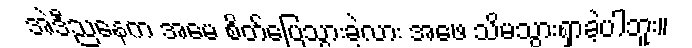
အဲဒီညနေက အမေ စိတ်ပြေသွားခဲ့လား အဖေ သိမသွားရှာခဲ့ပါဘူး။